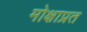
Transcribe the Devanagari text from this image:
मोक्षाप्रत